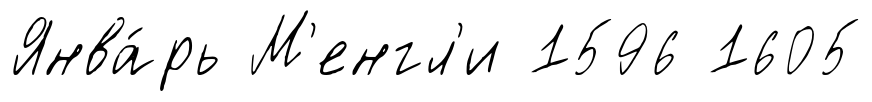
Янва́рь М'енгл'и 1596 1605